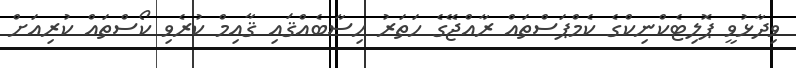
ވިދާޅުވީ ޕޮލިޓެކްނިކްގެ ކެމްޕަސްތައް ރާއްޖޭގެ ހަތަރު ހިސާބެއްޤައި ޤާއިމް ކުރެވި ކޯސްތައް ކުރިއަށް